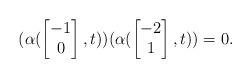
LaTeX: \begin{align*}(\alpha(\begin{bmatrix}-1\\0\end{bmatrix},t))(\alpha(\begin{bmatrix}-2\\1\end{bmatrix},t))=0.\end{align*}